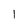
Character: l